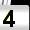
Digit: 4